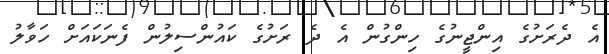
އެ ދެރަށުގެ އިންޖީނުގެ ހިންގުން އެ ދެ ރަށުގެ ކައުންސިލުން ފެނަކައަށް ހަވާލު